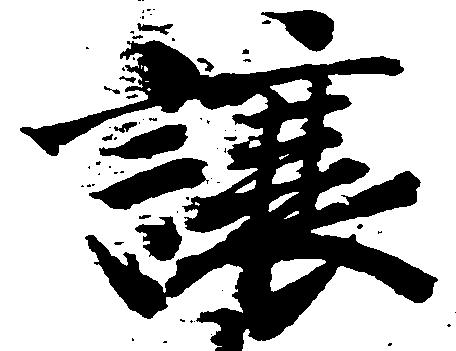
譲